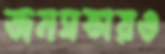
জনসভায়ও